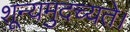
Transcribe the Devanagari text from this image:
शून्यमुदच्यते।